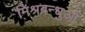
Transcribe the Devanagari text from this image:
मिश्रबन्धुओं